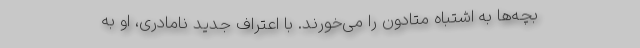
بچه‌ها به اشتباه متادون را می‌خورند. با اعتراف جدید نامادری، او به